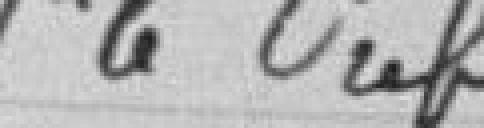
P.  le Préfet